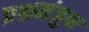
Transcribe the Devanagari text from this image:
प्रश्नमंजुषा